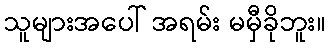
သူများအပေါ် အရမ်း မမှီခိုဘူး။